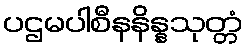
ပဌမပါစီနနိန္နသုတ္တံ